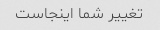
تغییر شما اینجاست